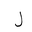
Letter: _lam